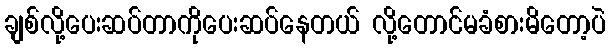
ချစ်လို့ပေးဆပ်တာကိုပေးဆပ်နေတယ် လို့တောင်မခံစားမိတော့ပဲ